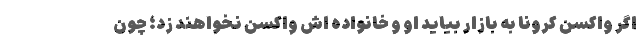
اگر واکسن کرونا به بازار بیاید او و خانواده اش واکسن نخواهند زد؛ چون